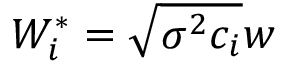
W _ { i } ^ { * } = \sqrt { \sigma ^ { 2 } c _ { i } } w